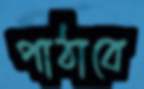
পাঠাবে